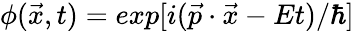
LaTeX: \phi(\vec{x},t)=exp[i(\vec{p}\cdot\vec{x}-Et)/\hbar]